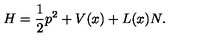
H = \frac 1 2 p ^ { 2 } + V ( x ) + L ( x ) N .